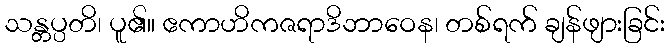
သန္တပ္ပတိ၊ ပူ၏။ ဧကာဟိကဇရာဒိဘာဝေန၊ တစ်ရက် ချန်ဖျားခြင်း